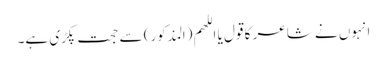
انہوں نے شاعر کا قول یا اللھم (المذکور) سے حجت پکڑی ہے۔